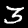
Label: 3